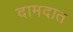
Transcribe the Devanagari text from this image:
दामदात